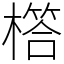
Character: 㯚